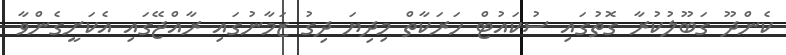
ކެންދޫ ގަބޫލުކުރާ ގޮތުގައި ސުކައުޓް ހަރަކާތް މިދިޔަ ދިގު ޒަމާނުގައި ރާއްޖޭގައި އެކަށީގެންވާ